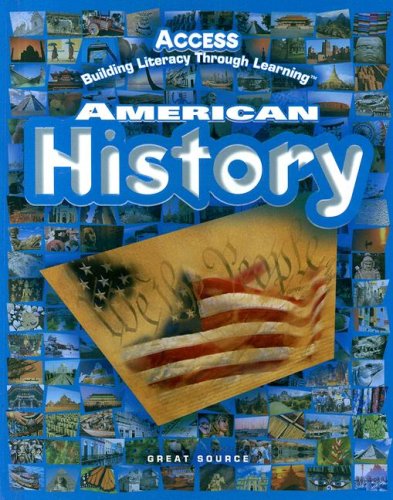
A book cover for ACCESS American History: Student Edition Grades 5-12 2005; GREAT SOURCE; Teen & Young Adult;